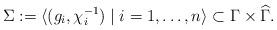
LaTeX: \begin{align*}\Sigma := \langle (g_{i}, \chi_{i}^{-1}) \mid i = 1, \dots, n \rangle \subset \Gamma \times \widehat{\Gamma}.\end{align*}